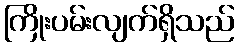
ကြိုးပမ်းလျက်ရှိသည်